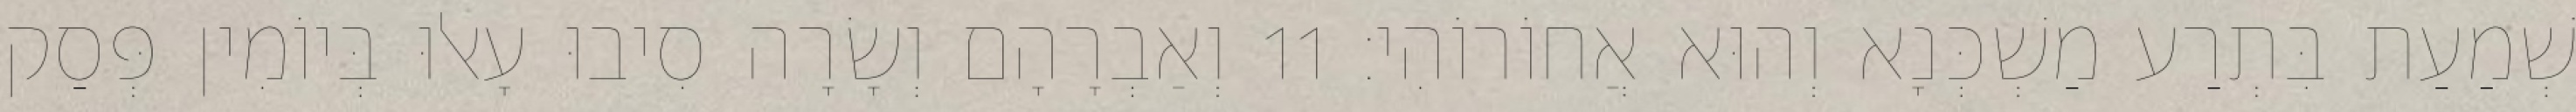
שְׁמַעַת בִּתְרַע מַשְׁכְּנָא וְהוּא אֲחוֹרוֹהִי׃ 11 וְאַבְרָהָם וְשָׂרָה סִיבוּ עָאלוּ בְּיוֹמִין פְּסַק